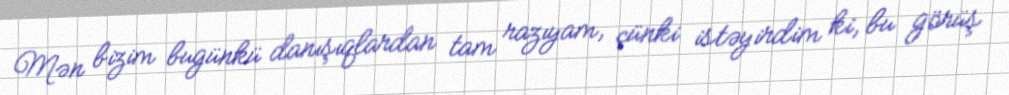
Mən bizim bugünkü danışıqlardan tam razıyam, çünki istəyirdim ki, bu görüş